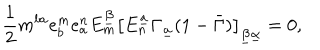
{ \frac { 1 } { 2 } } m ^ { b a } e _ { b } ^ { m } e _ { a } ^ { n } E _ { m } ^ { \underline { { \beta } } } \left[ E _ { n } ^ { \underline { { a } } } \Gamma _ { \underline { { a } } } ( 1 - \bar { \Gamma } ) \right] _ { \underline { { \beta } } \underline { { \alpha } } } = 0 ,